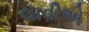
લાવીએ